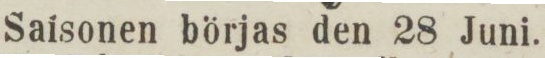
Saisonen börjas den 28 Juni.